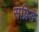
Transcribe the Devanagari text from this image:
सप्रिङ